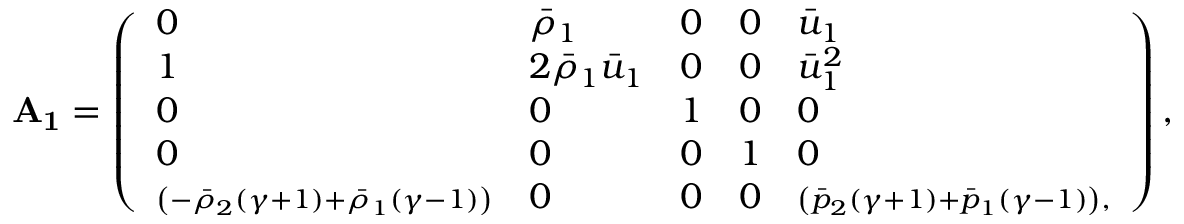
\mathbf { A _ { 1 } } = \left( \begin{array} { l l l l l } { 0 } & { \bar { \rho } _ { 1 } } & { 0 } & { 0 } & { \bar { u } _ { 1 } } \\ { 1 } & { 2 \bar { \rho } _ { 1 } \bar { u } _ { 1 } } & { 0 } & { 0 } & { \bar { u } _ { 1 } ^ { 2 } } \\ { 0 } & { 0 } & { 1 } & { 0 } & { 0 } \\ { 0 } & { 0 } & { 0 } & { 1 } & { 0 } \\ { \scriptstyle \left( - \bar { \rho } _ { 2 } ( \gamma + 1 ) + \bar { \rho } _ { 1 } ( \gamma - 1 ) \right) } & { 0 } & { 0 } & { 0 } & { \scriptstyle \left( \bar { p } _ { 2 } ( \gamma + 1 ) + \bar { p } _ { 1 } ( \gamma - 1 ) \right) , } \end{array} \right) ,